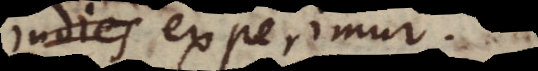
ies experimur.